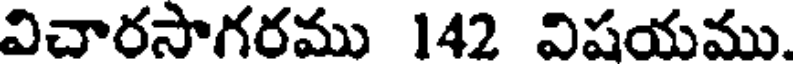
విచారసాగరము 142 విషయము.